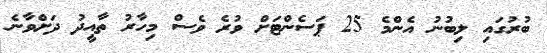
ބުރުގައި ލިބުނު އެންމެ 25 ޕަސެންޓަށް ވުރެ ވެސް މިހާރު ތާއީދު ދަށްވާނެ